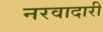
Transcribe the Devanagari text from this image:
नरवादारी